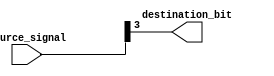
module bit_select_assign(
    input [7:0] source_signal,
    output reg destination_bit
);

always @(*) begin
    destination_bit = source_signal[3]; // Assign bit 3 from source_signal to destination_bit
end

endmodule